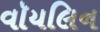
વૉયલિન